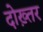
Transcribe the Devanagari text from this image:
दोख़्तर